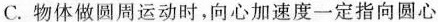
C. 物体做圆周运动时，向心加速度-定指向圆心